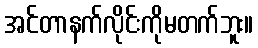
အင်တာနက်လိုင်းကိုမတက်ဘူး။